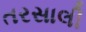
તરસાલી